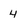
Character: 4